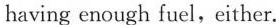
having enough fuel,either.